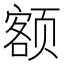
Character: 额